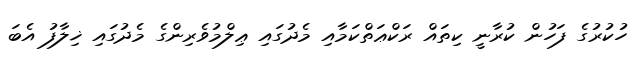
ހުކުރުގެ ފަހުން ކުރާނީ ކިތައް ރަކްޢަތްކަމާއި މެދުގައި ޢިލްމުވެރިންގެ މެދުގައި ޚިލާފު އެބަ